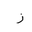
Letter: _zay